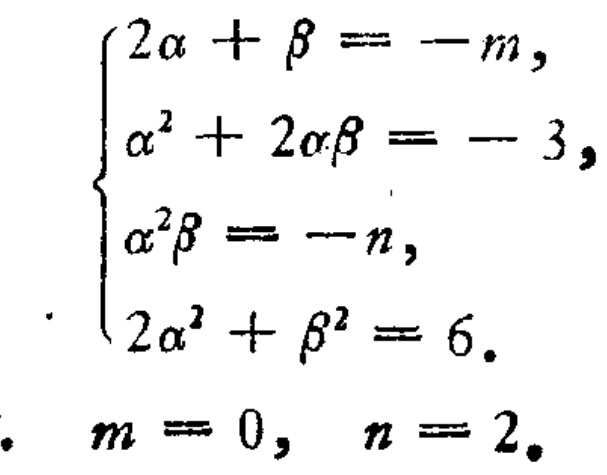
\[\begin{cases}
2\alpha+\beta=-m,\\
\alpha^{2}+2\alpha\beta=-3,\\
\alpha^{2}\beta=-n,\\
2\alpha^{2}+\beta^{2}=6.
\end{cases}\]
\[m = 0,\ n = 2.\]